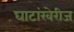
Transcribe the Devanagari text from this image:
घाटांखेरीज